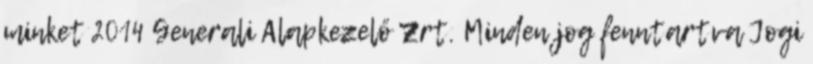
minket 2014 Generali Alapkezelő Zrt. Minden jog fenntartva Jogi